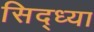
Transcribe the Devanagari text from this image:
सिद्ध्या